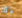
ذلك